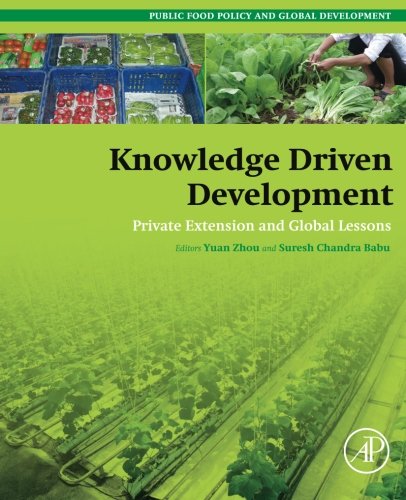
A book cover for Knowledge Driven Development: Private Extension and Global Lessons (Public Policy and Global Development); Business & Money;